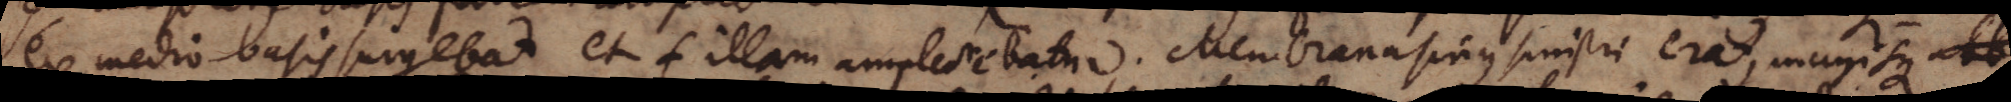
ex medio basis surgebat et f illam amplectebatur. Membrana sinus sinistri erat, magisque abb